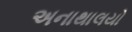
અનાથાલયો